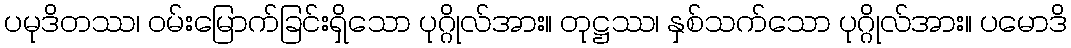
ပမုဒိတဿ၊ ဝမ်းမြောက်ခြင်းရှိသော ပုဂ္ဂိုလ်အား။ တုဋ္ဌဿ၊ နှစ်သက်သော ပုဂ္ဂိုလ်အား။ ပမောဒိ